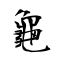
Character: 龜